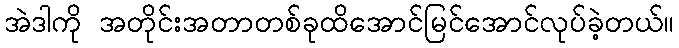
အဲဒါကို အတိုင်းအတာတစ်ခုထိအောင်မြင်အောင်လုပ်ခဲ့တယ်။